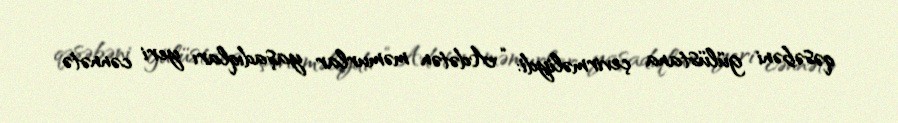
qəsəbəni gülüstana çevirməliydi: “Adətən məmurlar yaşadıqları yeri cənnətə